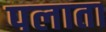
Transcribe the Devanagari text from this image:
पलाता